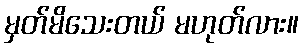
မှတ်မိသေးတယ် မဟုတ်လား။